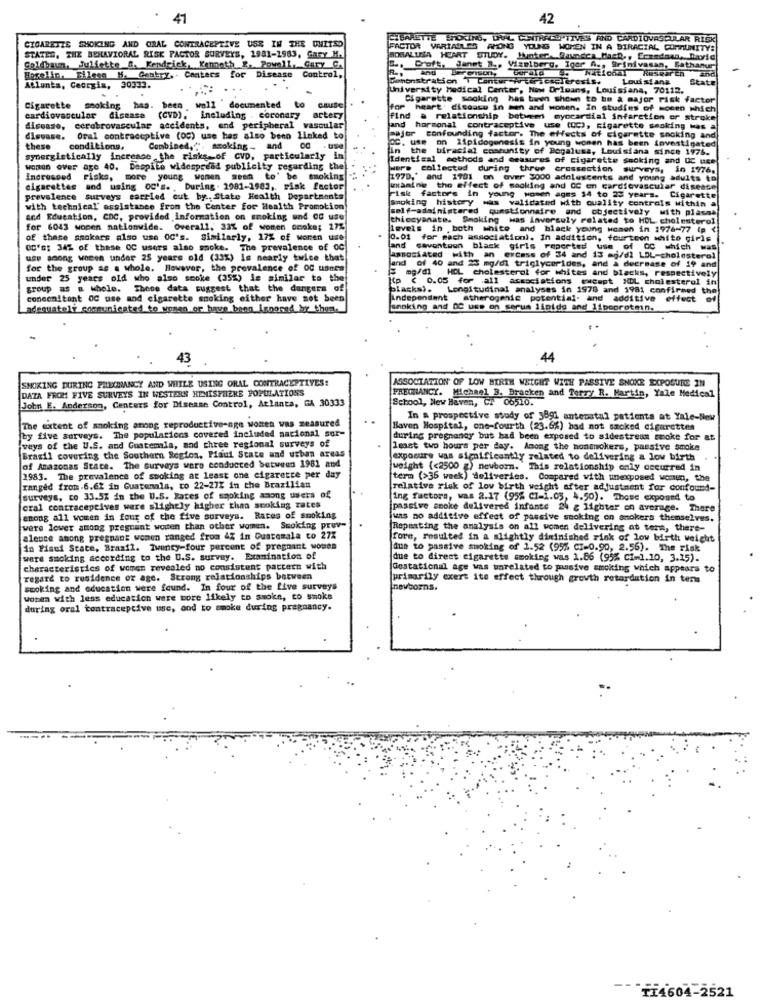
41
42
CIGARETZE SHOKING AND ORAL CONTRACEPTIVE USS IN THE UNITED
EIBARETTE HOKINS, URVAL CUITHECD'TIVES AND CARDIOVASCULAR RISK
FACTOR VARIADALES AMONG YOUNG WOMEN IN A BIRACIAL COMMUNITY:
STATES, THE BEHAVIORAL RISK FACTOR SURVEYS, 1981-1983, GARY M.
BOGALUSA HEART STUDY. Hunter- Raundca Mach ., Ermednen ,, David
Borelim. Filese M. Gentry ,- Centers for Disease Control,
Soldbaum, Juliette &. Kendrick, Kenneth 2. Powell, Gary GA
. Doft, Janet " .. Vixmlberg. Igor fies Srinivasan, Bathanur
Gerala . National Research and
Demonstration T Cantur -WeerscscTerests.
Louisiana
State
Atlanta, Georgia, 30333.
University Medical Center, Now Orleans, Louisiana, 70112.
Cigarette smoking has been shown to be a major risk factor
Cigarette
smoking has. been well documented to
to
heart. disaace in men and women. in studies of mocen which
cardiovascular disease (CVD), including . Coronary
artery
find a relationship between myocardial infarction or stroke
disease, cerebrovascular accidents, and peripheral vascular
and hormonal contraceptive use (DC), cigarette smoking was a
Oral contraceptive (00) use has also beno linked to
major confounding factor. The effects of cigarette smoking and
Oc, use on lipidogenesis in young women has been investigated
these
conditions,
Combined, ". smoking .. and
.use
In the biracial community of Bogalusa, Louisiana since 1976.
synergistically increase the risks-of CVD, particularly in
Identical methods and measures of cigarette Smoking and OC uce
wonton over age 40. Despite widespread publicity regarding the
were collected during three crossestion surveys, in 1976.
Incrossed Fisks, more young women seem to' be smoking
1770,' and 1701 on aver 3000 adolescents and young adults to
cigarettes and using oc's. , During . 1981-1983, risk factor
wxamine the effect of sacking and CC en cardiovascular disease
prevalence surveys carried out by ., State Health Departments
Fisk factors in young women agms 14 to 25 years. Cigarette
smoking history was validated with quality controls within a
with technical assistance from the Center for Health Promotion
self-administered questionnaire and objectively with plasma
and Education, CDC, provided information on smoking und CC use
thiccyanate. Smoking was invorsuly related to HDL cholesterol
for 6043 women nationwide. Overall, 33% of women sonka; 27%
levels in both white and black young women in 1974-77 (p <
of these smokers also use O0's. Similarly, 17% of woren use
0.01 for mach association). In addition, fourteen white girls
OC'S: 34% of these OC users also smoke. The prevalence of 0C
and savontoon black girls reported use of OC which was
and savontoon black girls
use among women under 25 years old (33%) is nearly twice that
associated with an excess of 34 and 13 mg/dl LDL-cholesterol
for the group as a whole. However, the prevalence of OG users
land of 40 and 23 mg/dl triglycerides, and à decrease of 19 and
under 25 years old who also smoke (35%) is similar to the
mg/dl HDL cholesterol for
(p < 0.05 for all associations except HDL cholesterol in
erol for whites and blacks, respectively
group as a whole. These data suggest that the dangers of
placks).
Longitudinal analyses in 1978 and 1981 confirmed the
concomitant OC use and cigarette smoking either have not been
independent
atherogenic potential. and additive effect
adequateir communicated to women or have been ignored by thes.
smoking and DC uss on serum linide and lipoprotein.
43
SMOKING DURING PREGNANCY AND WHILE USING ORAL CONTRACEPTIVES:
ASSOCIATION OF LOW BIRTH WEIGHT WITH PASSIVE SNOKE EXPOSURE IN
DATA FROM FIVE SURVEYS IN WESTERN HEMISPHERE POPULATIONS
John E. Anderson, Centers for Disease Control, Atlanta, GA 30333
PREGNANCY. Michael 3. Bracken and Terry R. Martin, Yale Medical
School, New Haven, CT 06510.
In a prospective study of 3891 antenatal patients at Yale-New
The extent of smoking among reproductive-nge wonen was measured
Haven Hospital, one-fourth (23.6%) bad not smoked cigarettes
by five surveys. The populations covered included nacional sur-
weys of the U.S. and Guatemala, and three regional surveys of
during pregnancy but had been exposed to sidestream swoke for at
least two hours per day. Among the nonsmokers, passive smoke
Brasil covering the Southern Region, Paul State and urban areas
exposure was significantly related to delivering a low birth
of Amazonas State. The surveys were conducted between 1981 and
weight (<2500 ) newborn."This relationship only occurred in
1983. The prevalence of smoking at least one cigarette per day
term (>36 week) deliveries. Compared with unexposed women, the
ranged from-6.62 in Guatemala, to 22-27Z in the Brazilian
relative risk of low birth weight after adjustment for confound-
surveys, co 33.5% in the U.S. Rates of smoking among users of
ing factors, was 2.17 (95% c1-1.05, 4.50). These exposed to
oral contraceptives were slightly higher than scoking rates
passive smoke delivered infante 24 g lighter on average. There
among all women in four of the five surveys. Rates of smoking
was no additive effect of passive smoking on smokers themselves.
were lower among pregnant women than other women. Smoking prev-
Repeating the analysis on all women delivering at term, there-
aleuce among pregnant women ranged from 4% in Guatemala to 27Z
form, resulted in a slightly diminished rink of low birth weight
in Pisui State, Brasil. Twenty-four percent of pregnant women
due to passive suoking of 2.52 (95% CI-0.90, 2.56). The risk
ware smoking according to the U.S. survey. Examination of
due to direct cigarette smoking was 1.86 (95% c1=1.10, 3.15).
characteristics of women revealed no consistent pattern with
Gestational age was unrelated to pusive smoking which appears to
regard to residence or age. Strong relationships between
primarily exert its effect through growth retardation in tens
smoking and education were found. In four of the five surveys
newborns.
women with less education were more likely to smoke, to smoke
during oral contraceptive use, and to smoke during pregnancy.
TI4604-2521